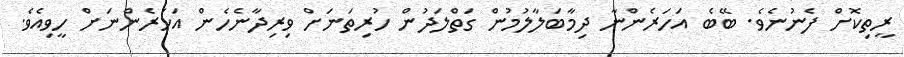
ރީތިކޮށް ފެނުނެވެ. ބޭބެ އަހަރެންނާ ދިމާބަލާލުމުން ގަތްލަދުން ހުރިތަނަށް ވިރިދާނެހެން އަހަރެންނަށް ހީވިއެވެ.